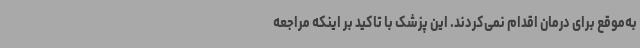
به‌موقع برای درمان اقدام نمی‌کردند. این پزشک با تاکید بر اینکه مراجعه